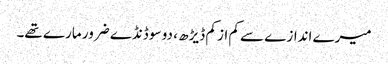
میرے اندازے سے کم از کم ڈیڑھ ، دو سو ڈنڈے ضرور مارے تھے۔